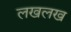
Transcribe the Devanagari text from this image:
लखलख